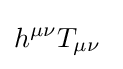
h^{\mu \nu }T_{\mu \nu }\